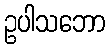
ဥပါသဘော